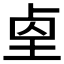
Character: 𡌓